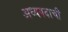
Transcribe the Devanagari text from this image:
अध्यपदाची